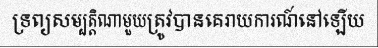
ទ្រព្យសម្បត្តិណាមួយត្រូវបានគេរាយការណ៍នៅឡើយ